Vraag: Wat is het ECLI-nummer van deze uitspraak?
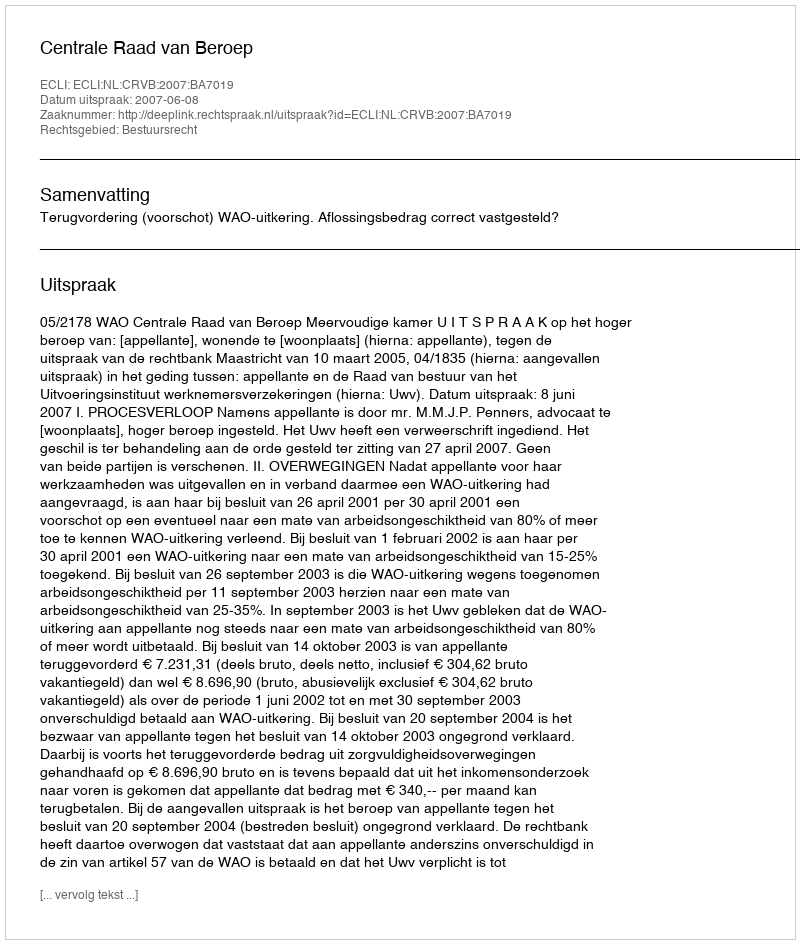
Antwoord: ECLI:NL:CRVB:2007:BA7019